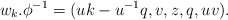
\begin{align*} w_k.\phi^{-1}=(uk-u^{-1}q,v,z,q,uv).\end{align*}